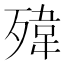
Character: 𱥓